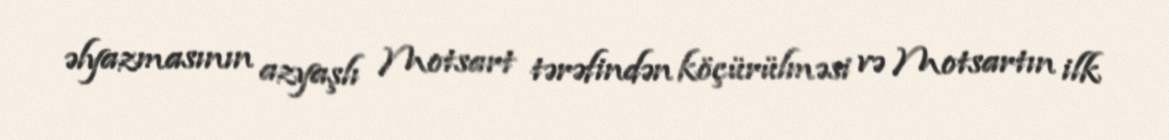
əlyazmasının azyaşlı Motsart tərəfindən köçürülməsi və Motsartın ilk